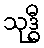
သုဒ္ဓီ